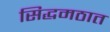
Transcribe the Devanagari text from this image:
सिद्धमठात